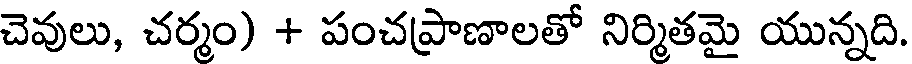
చెవులు, చర్మం) + పంచప్రాణాలతో నిర్మితమై యున్నది.